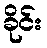
ခိုင်း